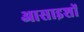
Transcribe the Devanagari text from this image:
आसाइशों